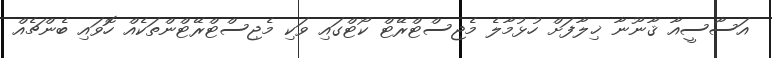
އަސާސީއާ ޤާނޫނާ ޚިލާފަށް ހުޅުމާލެ މެޖިސްޓްރޭޓް ކޯޓްގައި ވަކި މެޖިސްޓްރޭޓްންތަކެއް ހޮވައި ބެންޗެއް